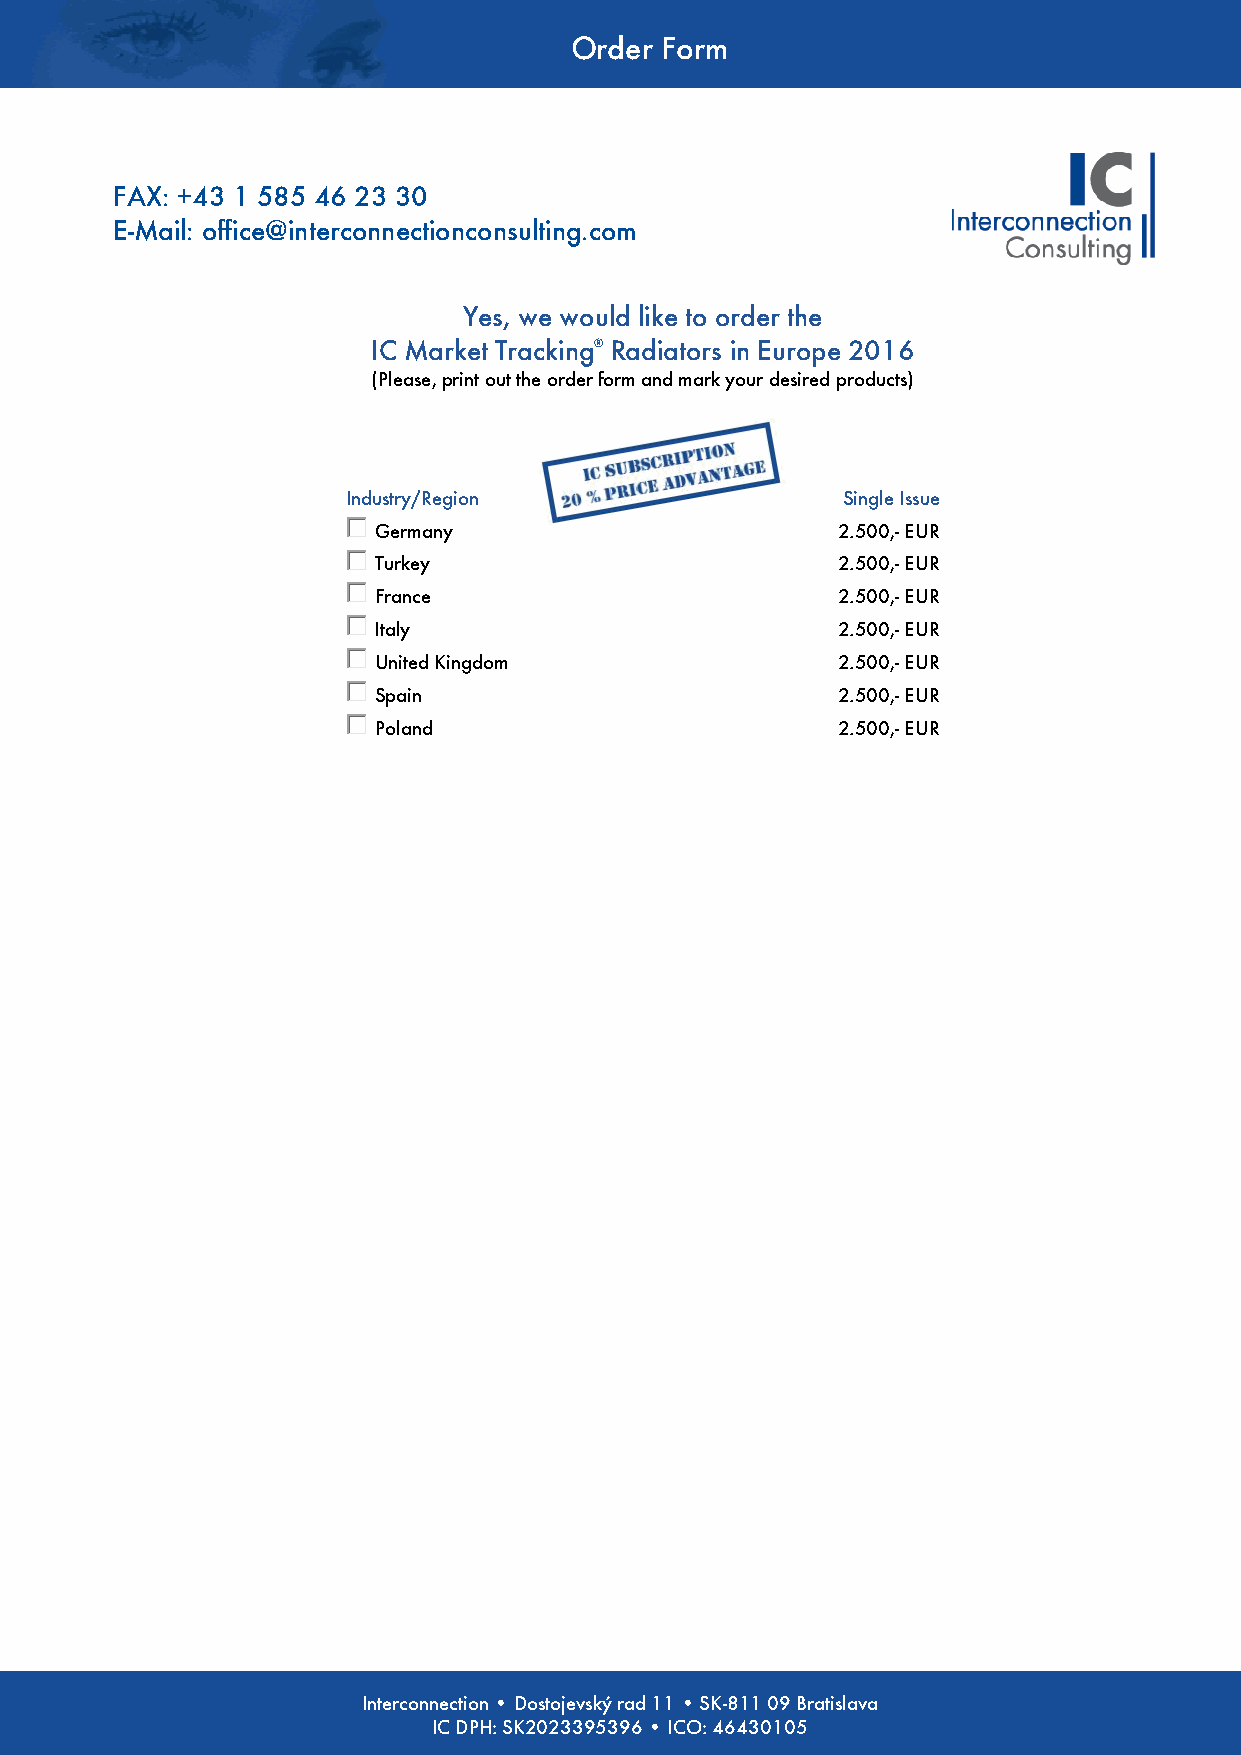
Order Form
 FAX: +43 1 585 46 23 30
 E-Mail: office@interconnectionconsulting.com
 Yes, we would like to order the
 IC Market Tracking® Radiators in Europe 2016
 (Please, print out the order form and mark your desired products)
 Industry/Region                  Single Issue
 Germany                       2.500,- EUR
 Turkey                        2.500,- EUR
 France                        2.500,- EUR
 Italy                         2.500,- EUR
 United Kingdom                2.500,- EUR
 Spain                         2.500,- EUR
 Poland                        2.500,- EUR
 Interconnection –I nGterectorneniedcetiomna •r kDto 1sto –je vAsk-ý1 r0ad6 011 W • iSeKn-8 1–1 F 0N9 :B r1at7is2la4va4 5x - ATU 45165306
 IC DPH: SK2023395396 • ICO: 46430105